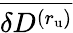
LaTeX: \overline{{\delta D^{(r_{\mathrm{u}})}}}